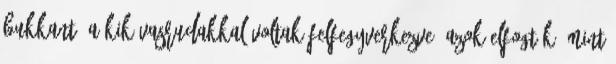
bukkant, a kik vasrudakkal voltak felfegyverkezve: azok elfogták, mint